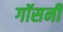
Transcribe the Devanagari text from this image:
गॉसनी